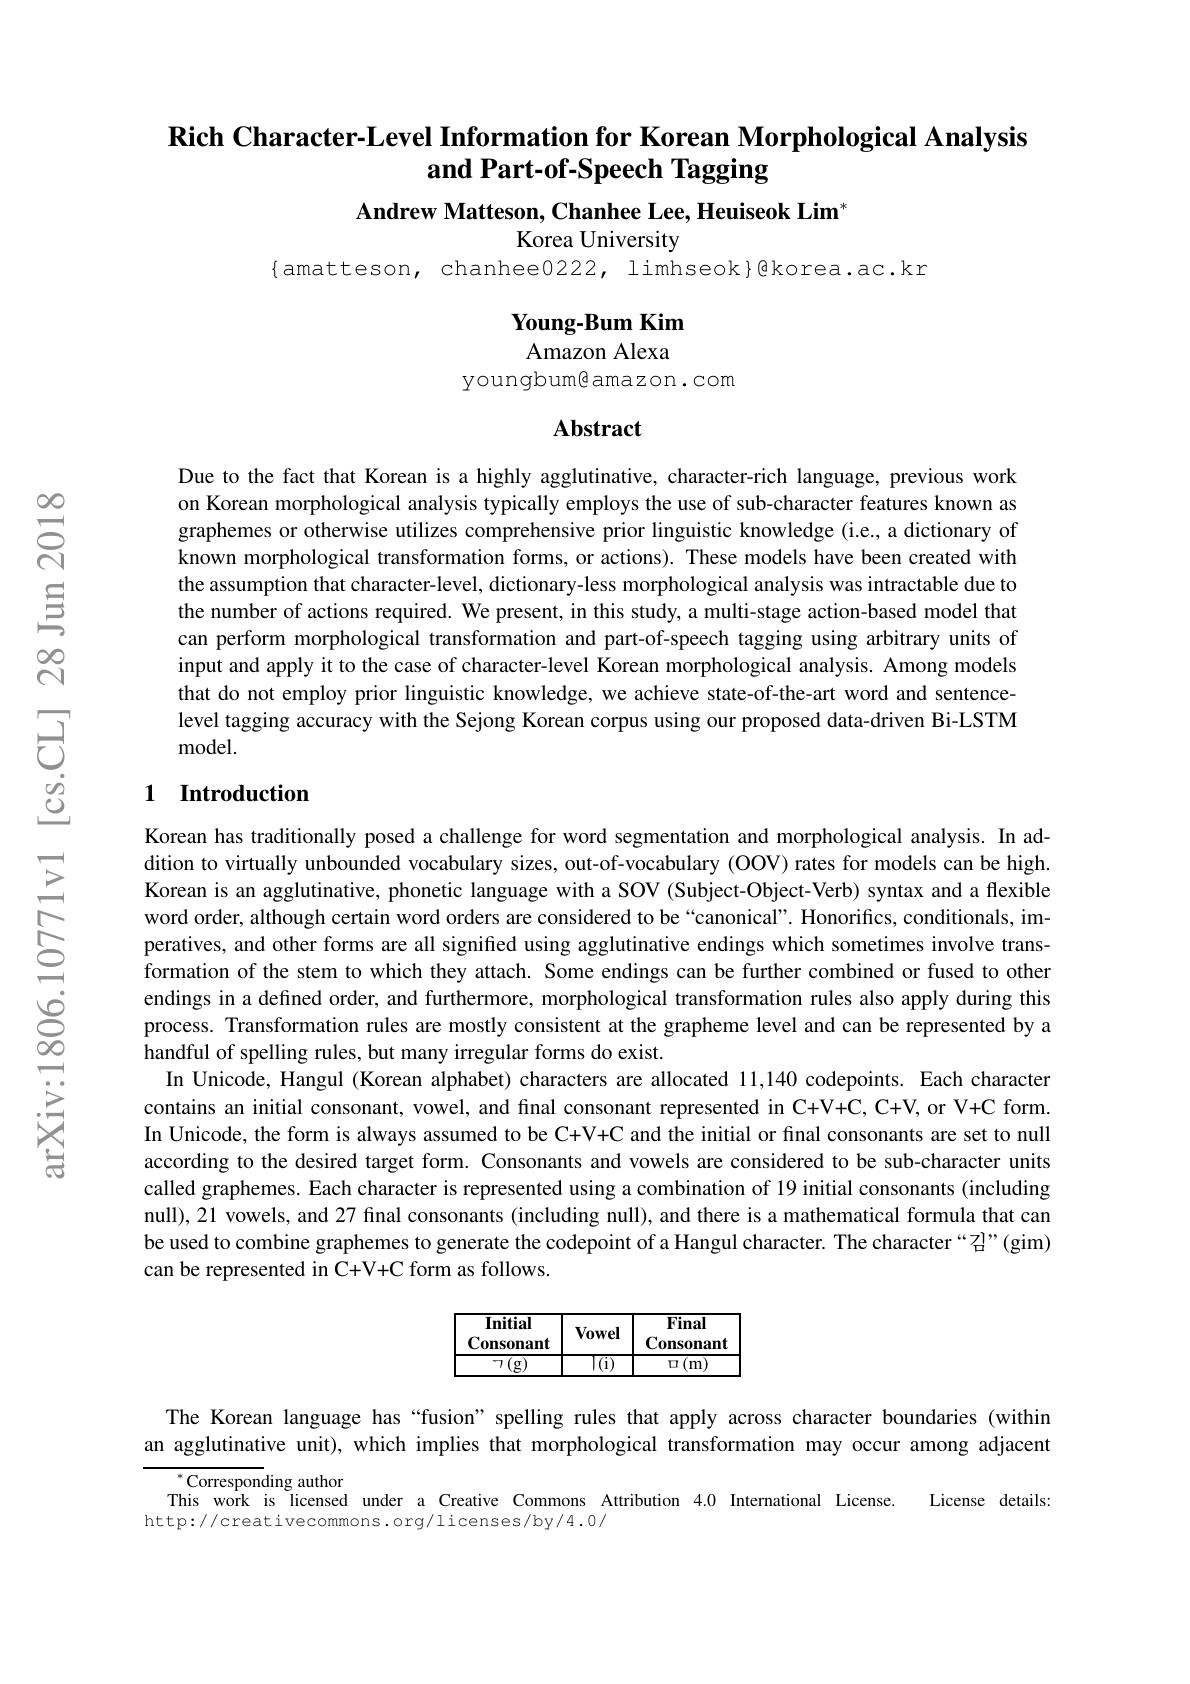
$\textbf{Rich Character- Level Information for Korean Morphological Analysis}$
and Part-of-Speech Tagging
Andrew Matteson, Chanhee Lee, Heuiseok Lim'

Korea University
$\{$amatteson, chanhee0222, limhseok}@korea.ac.kr

Young-Bum Kim Amazon Alexa

youngbum@amazon.com

## Abstract

Due to the fact that Korean is a highly agglutinative, character-rich language, previous work on Korean morphological analysis typically employs the use of sub-character features known as graphemes or otherwise utilizes comprehensive prior linguistic knowledge (i.e., a dictionary of known morphological transformation forms, or actions). These models have been created with the assumption that character-level, dictionary-less morphological analysis was intractable due to the number of actions required. We present, in this study, a multi-stage action-based model that can perform morphological transformation and part-of-speech tagging using arbitrary units of input and apply it to the case of character-level Korean morphological analysis. Among models that do not employ prior linguistic knowledge, we achieve state-of-the-art word and sentencelevel tagging accuracy with the Sejong Korean corpus using our proposed data-driven Bi-LSTM ${\mathrm{model}}.$

## 1 Introduction

Korean has traditionally posed a challenge for word segmentation and morphological analysis. In addition to virtually unbounded vocabulary sizes, out-of-vocabulary (OOV) rates for models can be high. Korean is an agglutinative, phonetic language with a SOV (Subject-Object-Verb) syntax and a flexible word order, although certain word orders are considered to be “canonical”. Honorifics, conditionals, imperatives, and other forms are all signified using agglutinative endings which sometimes involve transformation of the stem to which they attach. Some endings can be further combined or fused to other endings in a defined order, and furthermore, morphological transformation rules also apply during this process. Transformation rules are mostly consistent at the grapheme level and can be represented by a handful of spelling rules, but many irregular forms do exist.
In Unicode, Hangul (Korean alphabet) characters are allocated 11,140 codepoints. Each character contains an initial consonant, vowel, and final consonant represented in C+V+C, C+V, or V+C form. In Unicode, the form is always assumed to be C+V+C and the initial or final consonants are set to null according to the desired target form. Consonants and vowels are considered to be sub-character units called graphemes. Each character is represented using a combination of 19 initial consonants (including null), 21 vowels, and 27 final consonants (including null), and there is a mathematical formula that can be used to combine graphemes to generate the codepoint of a Hangul character. The character “召”(gim) can be represented in C+V+C form as follows.

<table>
	<tbody>
		<tr>
			<th>$\mathbf{Initial}$ Consonant</th>
			<th>Vowel</th>
			<th>Final Consonant</th>
		</tr>
		<tr>
			<th>$\mathbf{Initial}$</th>
			<th> </th>
			<th>Final</th>
		</tr>
		<tr>
			<td>$\daleth\left(\mathrm{g}\right)$</td>
			<td>$T($i)</td>
			<td>(m) 口</td>
		</tr>
	</tbody>
</table>

The Korean language has “fusion” spelling rules that apply across character boundaries (within an agglutinative unit), which implies that morphological transformation may occur among adjacent

${^{*}\mathrm{Corresponding~author}}$
This work is licensed under a Creative Commons Attribution 4.0 International License. License details:
http://creativecommons.org/licenses/by/4.0/